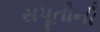
સપૂતોની